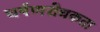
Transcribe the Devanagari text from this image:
घर्षणरोधकता